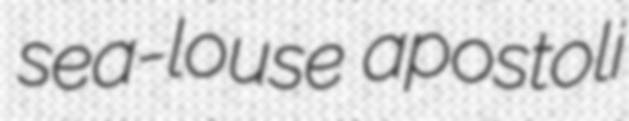
sea-louse apostoli